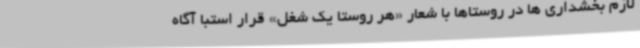
لازم بخشداری ها در روستاها با شعار «هر روستا یک شغل» قرار استبا آگاه